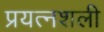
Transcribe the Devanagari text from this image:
प्रयत्नशली